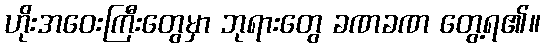
ဟိုးအဝေးကြီးတွေမှာ ဘုရားတွေ ခဏခဏ တွေ့ရ၏။